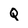
Character: Q